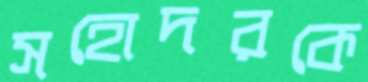
সহোদরকে